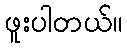
ဖူးပါတယ်။